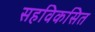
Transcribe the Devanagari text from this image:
सहविकसित